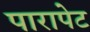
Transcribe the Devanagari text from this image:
पारापेट